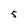
Character: 5